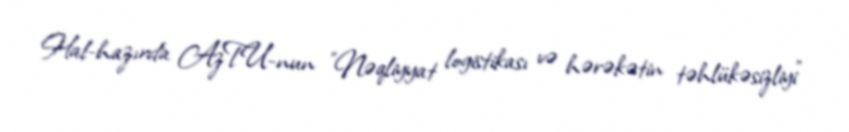
Hal-hazırda AzTU-nun "Nəqliyyat logistikası və hərəkətin təhlükəsizliyi"